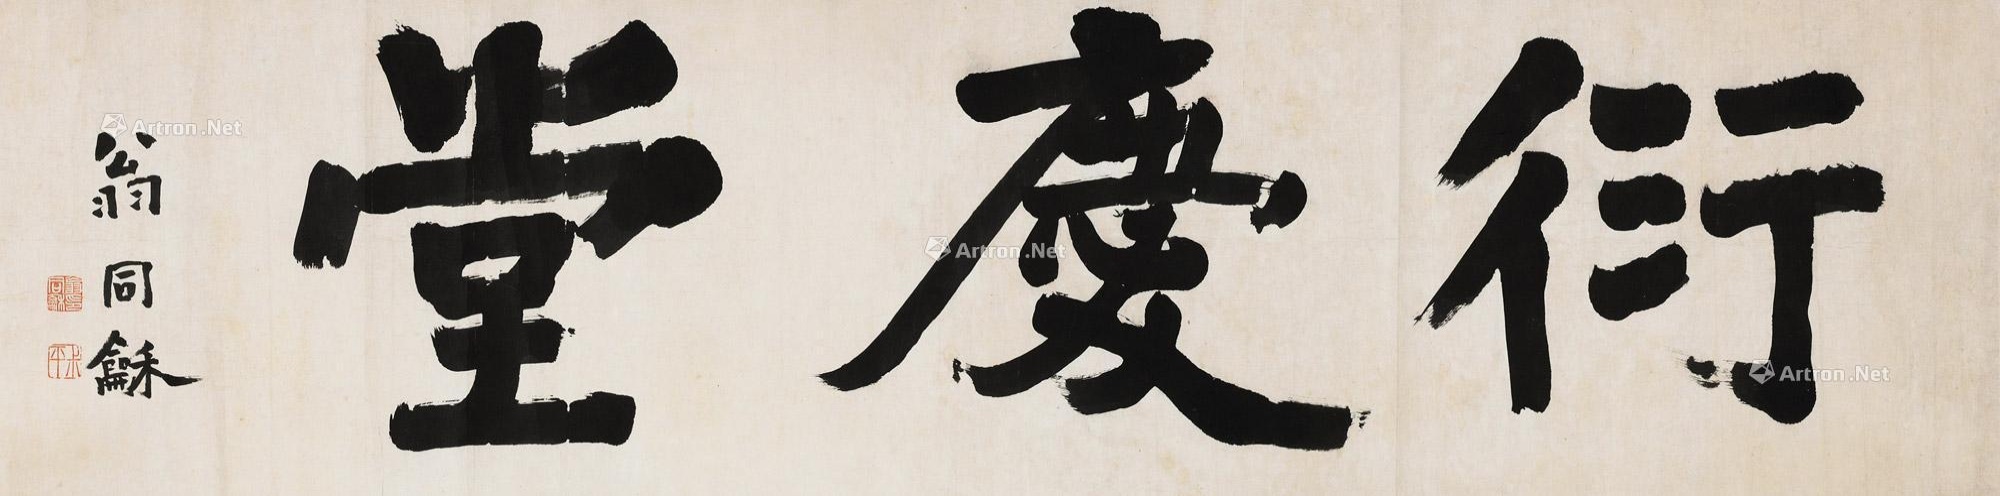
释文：衍庆堂。翁同龢。